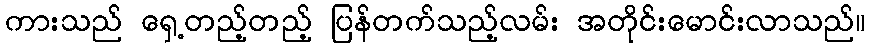
ကားသည် ရှေ့တည့်တည့် ပြန်တက်သည့်လမ်း အတိုင်းမောင်းလာသည်။